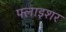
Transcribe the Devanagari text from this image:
फ्लाइशर